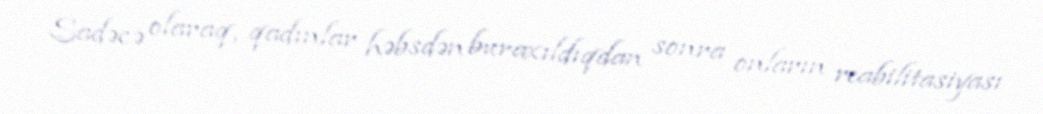
Sadəcə olaraq, qadınlar həbsdən buraxıldıqdan sonra onların reabilitasiyası